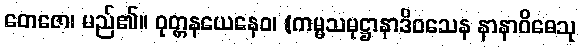
တေဇော၊ မည်၏။ ဝုတ္တနယေနေဝ၊ (ကမ္မသမုဋ္ဌာနာဒိဝသေန နာနာဝိဓေသု